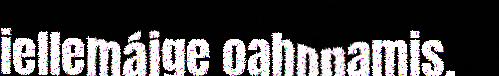
iellemájge oahppamis.